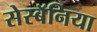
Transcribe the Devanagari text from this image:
सेस्बॅनिया